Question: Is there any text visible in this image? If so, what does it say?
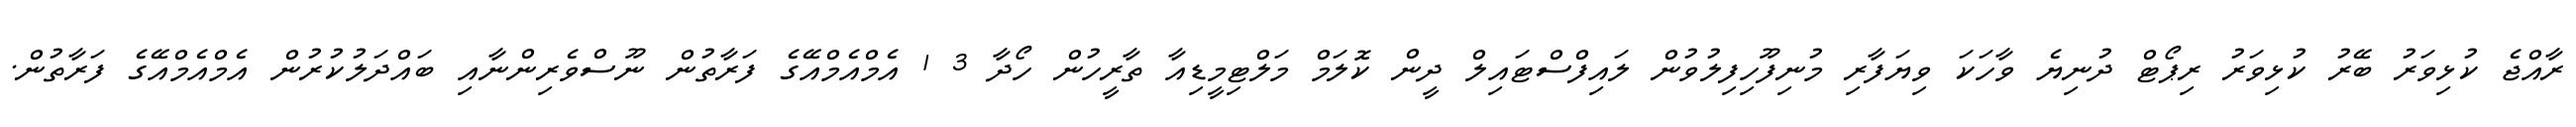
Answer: ރާއްޖެ ކުޅިވަރު ބޭރު ކުޅިވަރު ރިޕޯޓް ދުނިޔެ ވާހަކަ ވިޔަފާރި މުނިފޫހިފިލުވުން ލައިފްސްޓައިލް ދީން ކޮލަމް މަލްޓިމީޑިއާ ތާރީހުން ހޯދާ 3 1 އެމްއެމްއޭގެ ފަރާތުން ނޫސްވެރިންނާއި ބައްދަލުކުރުން އެމްއެމްއޭގެ ފަރާތުން.